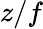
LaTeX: z/f